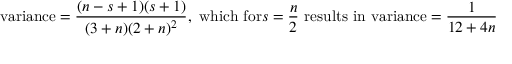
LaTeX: { \mathrm { v a r i a n c e } } = { \frac { ( n - s + 1 ) ( s + 1 ) } { ( 3 + n ) ( 2 + n ) ^ { 2 } } } , { \mathrm { ~ w h i c h ~ f o r } } s = { \frac { n } { 2 } } { \mathrm { ~ r e s u l t s ~ i n ~ v a r i a n c e } } = { \frac { 1 } { 1 2 + 4 n } }